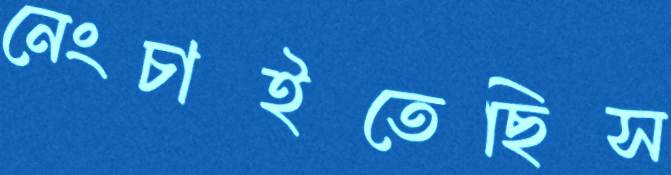
নেংচাইতেছিস